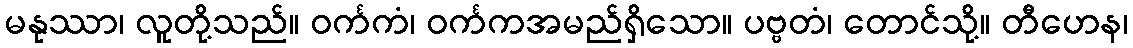
မနုဿာ၊ လူတို့သည်။ ဝင်္ကကံ၊ ဝင်္ကကအမည်ရှိသော။ ပဗ္ဗတံ၊ တောင်သို့။ တီဟေန၊